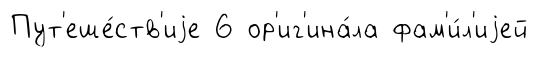
Пут'еше́ств'иjе 6 ор'иг'ина́ла фам'и́л'иjей